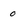
Character: 0